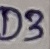
Text: D3